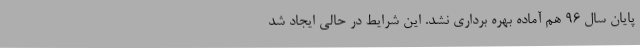
پایان سال 96 هم آماده بهره برداری نشد. این شرایط در حالی ایجاد شد